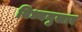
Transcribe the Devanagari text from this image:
विध्यनुसार